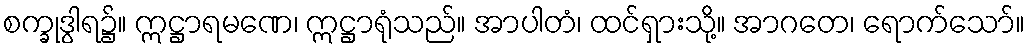
စက္ခုဒွါရ၌။ ဣဋ္ဌာရမဏေ၊ ဣဋ္ဌာရုံသည်။ အာပါတံ၊ ထင်ရှားသို့။ အာဂတေ၊ ရောက်သော်။